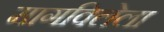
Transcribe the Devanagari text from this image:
मागविलेला